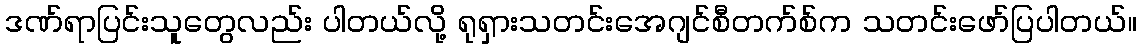
ဒဏ်ရာပြင်းသူတွေလည်း ပါတယ်လို့ ရုရှားသတင်းအေဂျင်စီတက်စ်က သတင်းဖော်ပြပါတယ်။